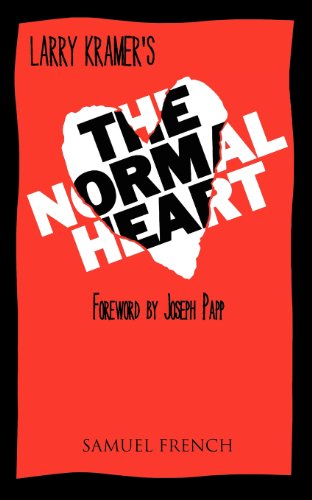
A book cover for The Normal Heart; Larry Kramer; Literature & Fiction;